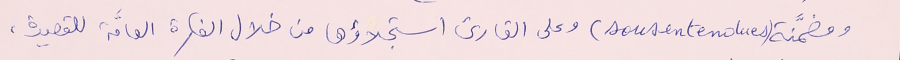
ومضمَّنة (sous-entendues) وعلى القارىء استجلاؤها من خلال الفكرة العامَّة للقصيدة،